Vaccine operations Central Provinces 1900-1911 - 1900-1911
Year: 1900
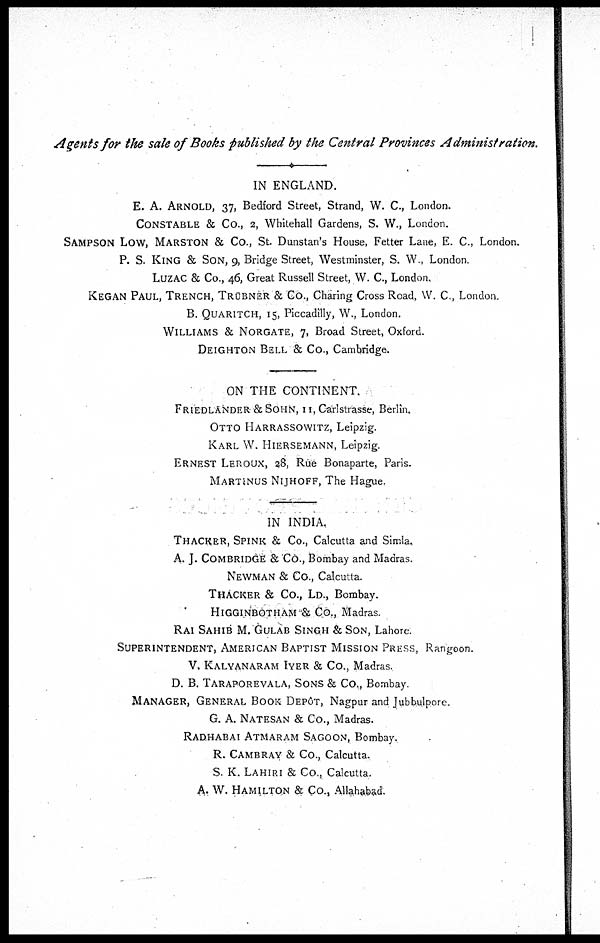
Agents for the sale of Books published by the Central Provinces Administration.
IN ENGLAND.
E. A. ARNOLD, 37, Bedford Street, Strand, W. C., London.
CONSTABLE & Co., 2, Whitehall Gardens, S. W., London.
SAMPSON LOW, MARSTON & Co., St. Dunstan's House, Fetter Lane, E. C., London.
P. S. KING & SON, 9, Bridge Street, Westminster, S. W., London.
LUZAC & Co., 46, Great Russell Street, W. C., London.
KEGAN PAUL, TRENCH, TRÜBNER & Co., Charing Cross Road, W. C., London.
B. QUARITCH, 15, Piccadilly, W., London.
WILLIAMS & NORGATE, 7, Broad Street, Oxford.
DEIGHTON BELL & Co., Cambridge.
ON THE CONTINENT.
FRIEDLANDER & SOHN, 11, Carlstrasse, Berlin,
OTTO HARRASSOWITZ, Leipzig.
KARL W. HIERSEMANN, Leipzig.
ERNEST LEROUX, 28, Rue Bonaparte, Paris.
MARTINUS NIJHOFF, The Hague.
IN INDIA.
THACKER, SPINK & Co., Calcutta and Simla.
A. J. COMBRIDGE & Co., Bombay and Madras.
NEWMAN & Co., Calcutta.
THACKER & Co., LD., Bombay.
HIGGINBOTHAM & Co., Madras.
RAI SAHIB M. GULAB SINGH & SON, Lahore.
SUPERINTENDENT, AMERICAN BAPTIST MISSION PRESS, Rangoon.
V. KALYANARAM IYER & Co., Madras.
D. B. TARAPOREVALA, SONS & Co., Bombay.
MANAGER, GENERAL BOOK DEPÔT, Nagpur and Jubbulpore.
G. A. NATESAN & Co., Madras.
RADHABAI ATMARAM SAGOON, Bombay.
R. CAMBRAY & Co., Calcutta.
S. K. LAHIRI & Co., Calcutta.
A. W. HAMILTON & Co., Allahabad.